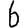
Digit: 6